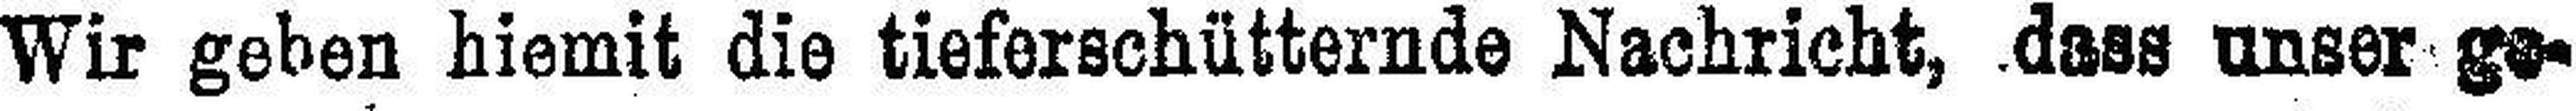
Wir geben hiemit die tieferschütternde Nachricht, dass unser ge¬